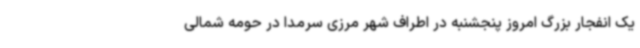
یک انفجار بزرگ امروز پنجشنبه در اطراف شهر مرزی سرمدا در حومه شمالی